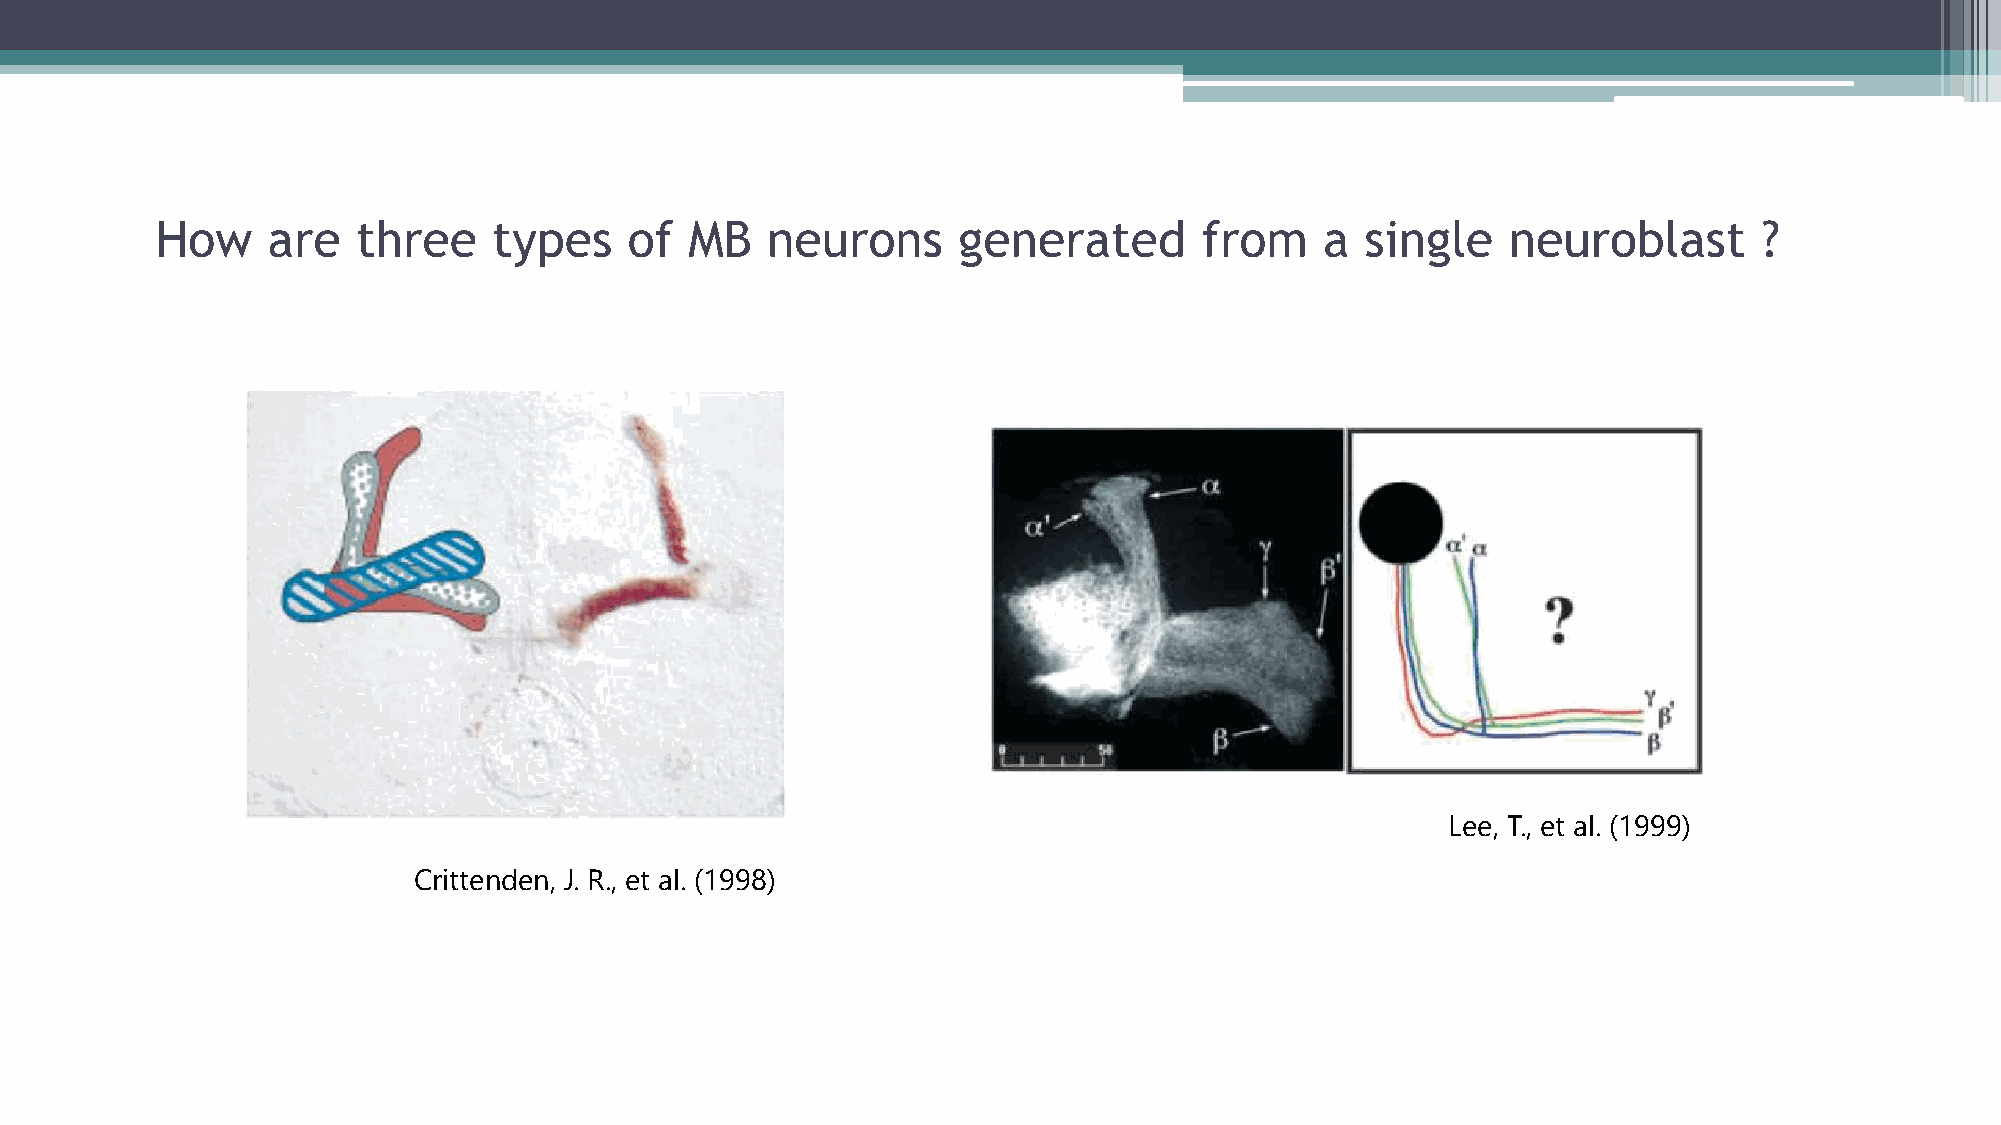
How     are   three    types    of  MB   neurons     generated        from    a single    neuroblast       ?
 Lee, T., et al. (1999)
 Crittenden, J. R., et al. (1998)